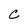
Character: C